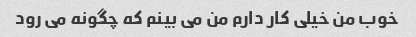
خوب من خیلی کار دارم من می بینم که چگونه می رود